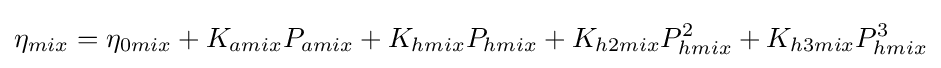
\eta _{mix}=\eta _{0mix}+K_{amix}P_{amix}+K_{hmix}P_{hmix}+K_{h2mix}P_{hmix}^{2}+K_{h3mix}P_{hmix}^{3}